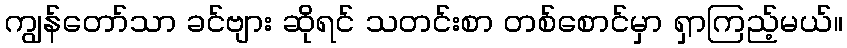
ကျွန်တော်သာ ခင်ဗျား ဆိုရင် သတင်းစာ တစ်စောင်မှာ ရှာကြည့်မယ်။